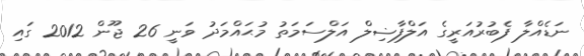
ނަޑެއްލާ ފެބުރުއަރީގެ އަލްފާޟިލް އަލްސަމަތު މުޙައްމަދު ވަނީ 26 ޖޫން 2012 ގައި